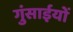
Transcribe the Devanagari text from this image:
गुंसाईयों